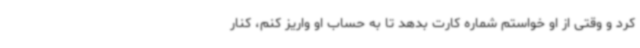
کرد و وقتی از او خواستم شماره کارت بدهد تا به حساب او واریز کنم، کنار